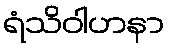
ရံသိဝါဟနာ